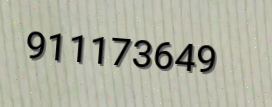
911173649